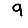
Digit: 9